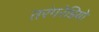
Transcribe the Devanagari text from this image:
तरंगरेडियो